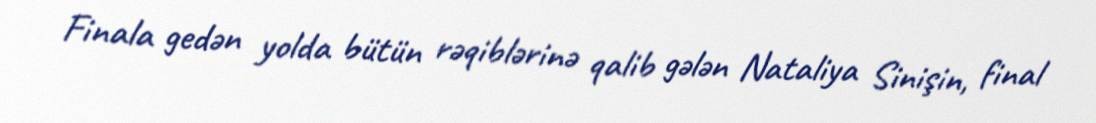
Finala gedən yolda bütün rəqiblərinə qalib gələn Nataliya Sinişin, final